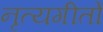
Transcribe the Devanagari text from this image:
नृत्यगीतों